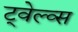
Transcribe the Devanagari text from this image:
ट्वेल्व्स